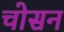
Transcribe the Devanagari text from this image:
चोसन